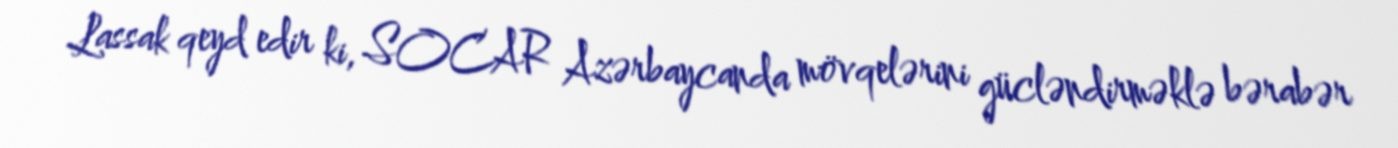
Lassak qeyd edir ki, SOCAR Azərbaycanda mövqelərini gücləndirməklə bərabər